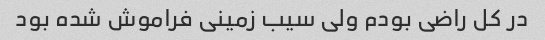
در کل راضی بودم ولی سیب زمینی فراموش شده بود